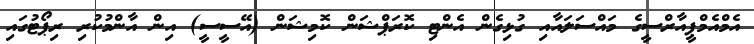
އެމްއެމްޕީއާރްސީގެ މައްސަލައާއި ގުޅިގެން އެންޓި ކޮރަޕްޝަން ކޮމިޝަން (އޭސީސީ) އިން އާންމުކުރި ރިޕޯޓުގައި